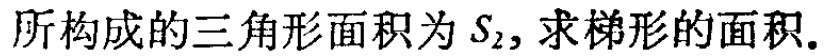
所构成的三角形面积为 \(S_{2}\)，求梯形的面积.